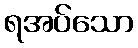
ရအပ်သော